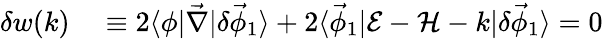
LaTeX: \begin{array}{rl}{\delta w(k)}&{{}\equiv 2\langle\phi\lvert\vec{\nabla}\rvert\delta\vec{\phi}_{1}\rangle+2\langle\vec{\phi}_{1}\lvert\mathcal{E}-\mathcal{H}-k\rvert\delta\vec{\phi}_{1}\rangle=0}\end{array}